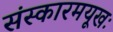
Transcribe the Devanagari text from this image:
संस्कारमयूखः